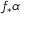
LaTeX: f _ { * } \alpha